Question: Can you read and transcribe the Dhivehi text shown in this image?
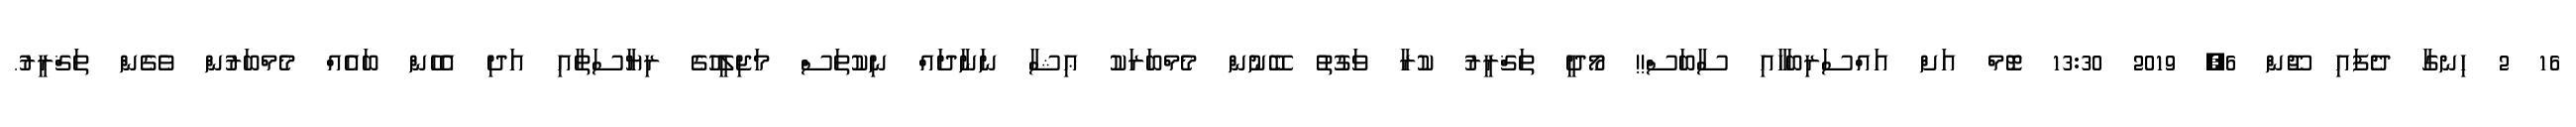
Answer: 16 2 ހިނގާ ދެފައި ޖޫން 6, 2019 13:30 ޓޮމް އަށް އައްސަރިބަހާއި ސާބަސް!! މޯދީ ތަޤްރީރު ކުރާ ވަގުތު ބޭނުން މެމްބަރަކު ޢިޝާ ނަނާދައް ނިކުތަސް މަޖިލީހުގެ ރިޔާސަތާއި އަދި އެހެން ބައެއް މެމްބަރުން ވެގެން ތަޤްރީރު.